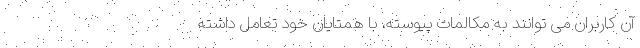
آن کاربران می توانند به مکالمات پیوسته، با همتایان خود تعامل داشته